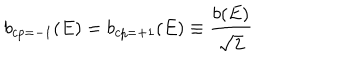
LaTeX: b _ { c p = - 1 } ( E ) = b _ { c p = + 1 } ( E ) \equiv { \frac { b ( E ) } { \sqrt { 2 } } }